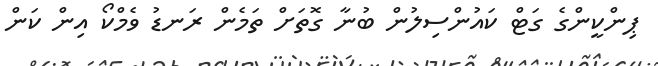
ޕިންކީންގެ ގަޓް ކައުންސިލުން ބުނާ ގޮތަށް ތަމެން ރަނޑު ވެމްކޯ އިން ކަން